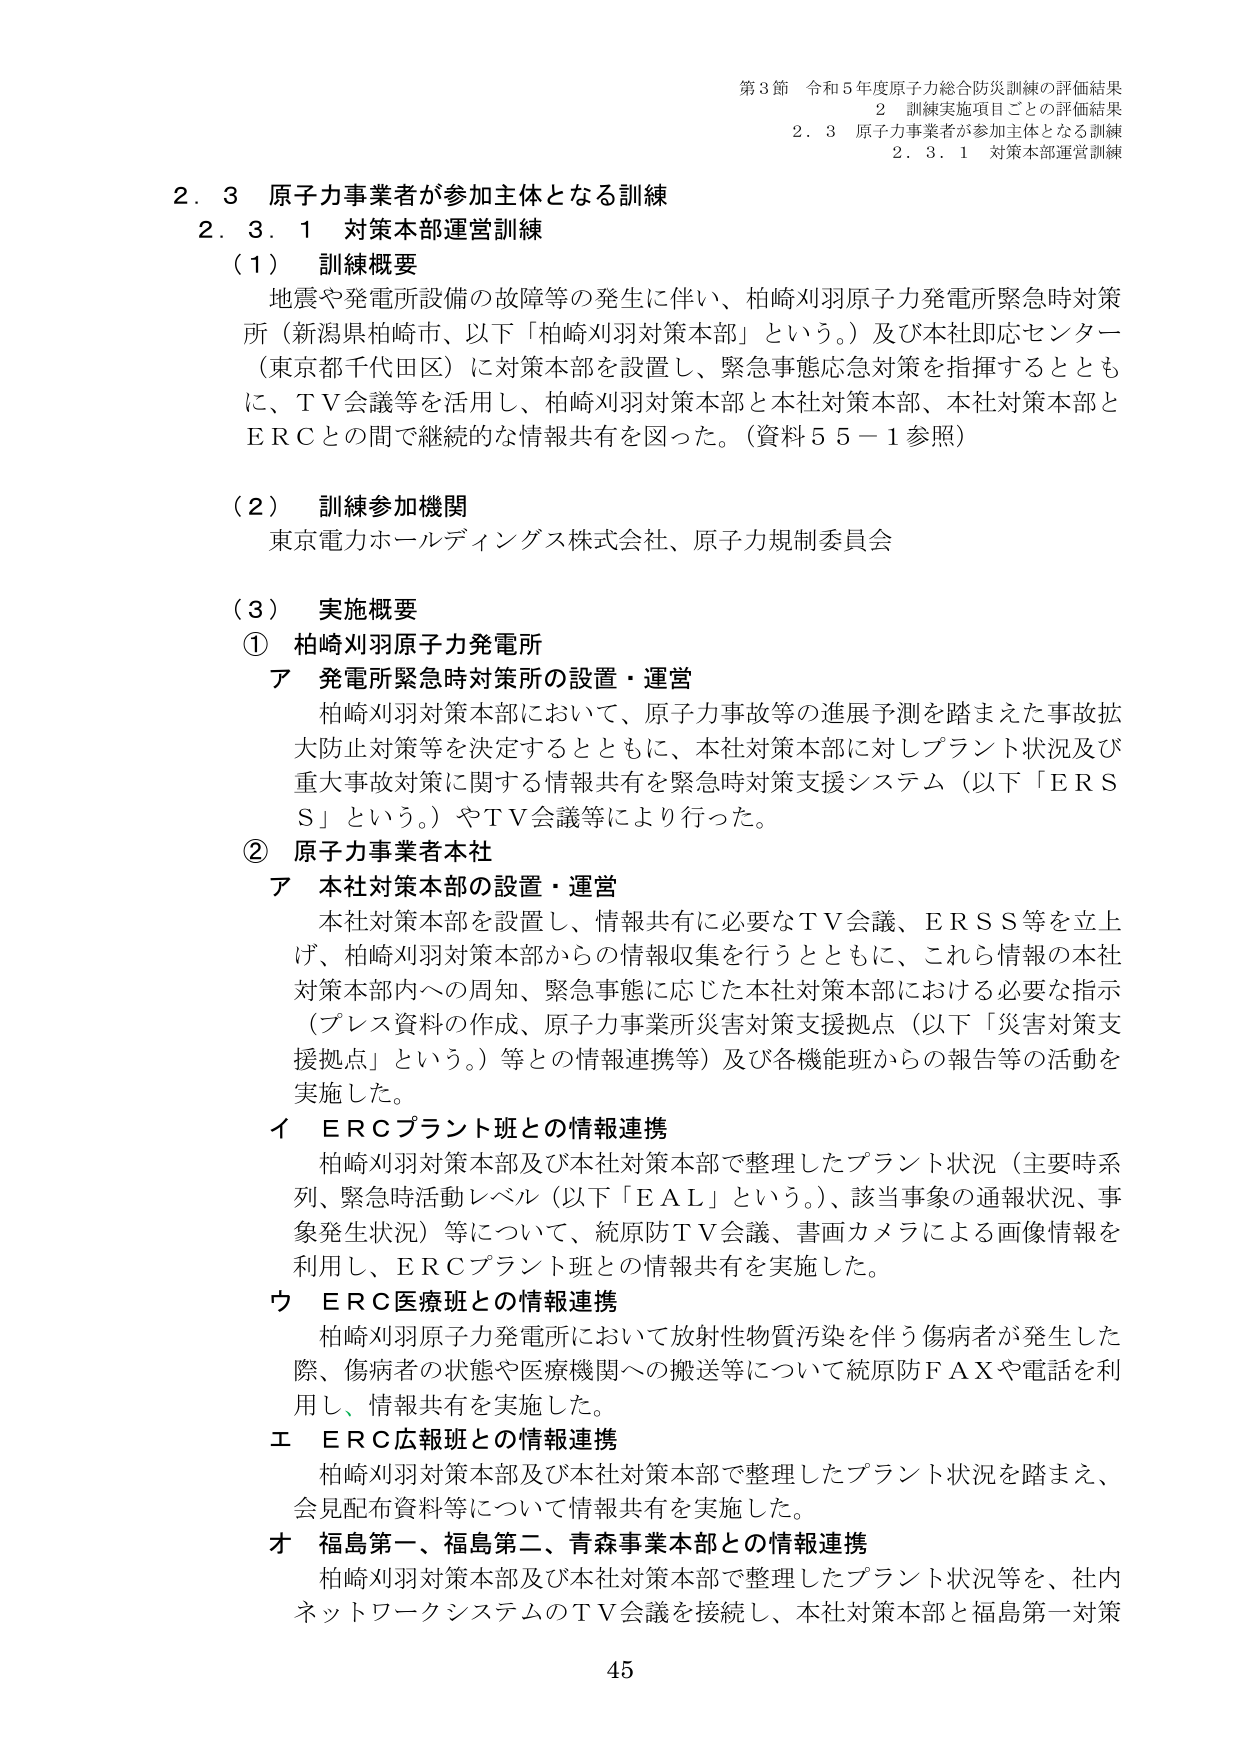
第3節 令和5年度原子力総合防災訓練の評価結果
2 訓練実施項目ごとの評価結果
2.3 原子力事業者が参加主体となる訓練
2.3.1 対策本部運営訓練

2.3 原子力事業者が参加主体となる訓練
2.3.1 対策本部運営訓練

（1） 訓練概要
地震や発電所設備の故障等の発生に伴い、柏崎刈羽原子力発電所緊急時対策所（新潟県柏崎市、以下「柏崎刈羽対策本部」という。）及び本社即応センター（東京都千代田区）に対策本部を設置し、緊急事態応急対策を指揮するとともに、ＴＶ会議等を活用し、柏崎刈羽対策本部と本社対策本部、本社対策本部とＥＲＣとの間で継続的な情報共有を図った。（資料55－1参照）

（2） 訓練参加機関
東京電力ホールディングス株式会社、原子力規制委員会

（3） 実施概要
① 柏崎刈羽原子力発電所
ア 発電所緊急時対策所の設置・運営
柏崎刈羽対策本部において、原子力事故等の進展予測を踏まえた事故拡大防止対策等を決定するとともに、本社対策本部に対しプラント状況及び重大事故対策に関する情報共有を緊急時対策支援システム（以下「ＥＲＳＳ」という。）やＴＶ会議等により行った。

② 原子力事業者本社
ア 本社対策本部の設置・運営
本社対策本部を設置し、情報共有に必要なＴＶ会議、ＥＲＳＳ等を立上げ、柏崎刈羽対策本部からの情報収集を行うとともに、これら情報の本社対策本部内への周知、緊急事態に応じた本社対策本部における必要な指示（プレス資料の作成、原子力事業所災害対策支援拠点（以下「災害対策支援拠点」という。）等との情報連携等）及び各機能班からの報告等の活動を実施した。

イ ＥＲＣプラント班との情報連携
柏崎刈羽対策本部及び本社対策本部で整理したプラント状況（主要時系列、緊急時活動レベル（以下「ＥＡＬ」という。）、該当事象の通報状況、事象発生状況）等について、統原防ＴＶ会議、書面カメラによる画像情報を活用し、ＥＲＣプラント班との情報共有を実施した。

ウ ＥＲＣ医療班との情報連携
柏崎刈羽原子力発電所において放射性物質汚染を伴う傷病者が発生した際、傷病者の状態や医療機関への搬送等について統原防ＦＡＸや電話を利用し、情報共有を実施した。

エ ＥＲＣ広報班との情報連携
柏崎刈羽対策本部及び本社対策本部で整理したプラント状況を踏まえ、会見配布資料等について情報共有を実施した。

オ 福島第一、福島第二、青森事業本部との情報連携
柏崎刈羽対策本部及び本社対策本部で整理したプラント状況等を、社内ネットワークシステムのＴＶ会議を接続し、本社対策本部と福島第一対策

45